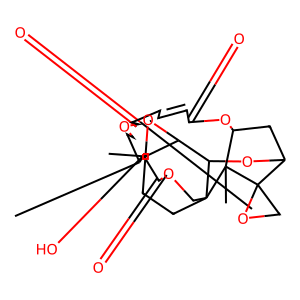
SMILES: CC1CCOC(=O)C=CC=CC(=O)OC2CC3OC4C5OC5(C)CCC4(COC(=O)C1O)C2(C)C31CO1
Inhibits HIV replication: No